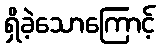
ရှိခဲ့သောကြောင့်